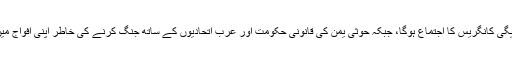
صنعا کے سبعین چوک میں صالح کی قیادت میں عوامی لیگی کانگریس کا اجتماع ہوگا، جبکہ حوثی یمن کی قانونی حکومت اور عرب اتحادیوں کے ساتھ جنگ کرنے کی خاطر اپنی افواج میں نئی بھرتیوں اور مال اکٹھا کرنے کے لئے جمع ہونگے۔